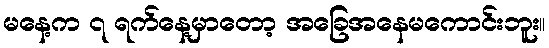
မနေ့က ၇ ရက်နေ့မှာတော့ အခြေအနေမကောင်းဘူး။